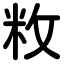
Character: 敉